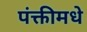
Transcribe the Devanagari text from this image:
पंक्तीमधे